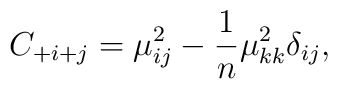
C_{+i+j} = \mu^2_{ij} - {1 \over n} \mu^2_{kk} \delta_{ij},